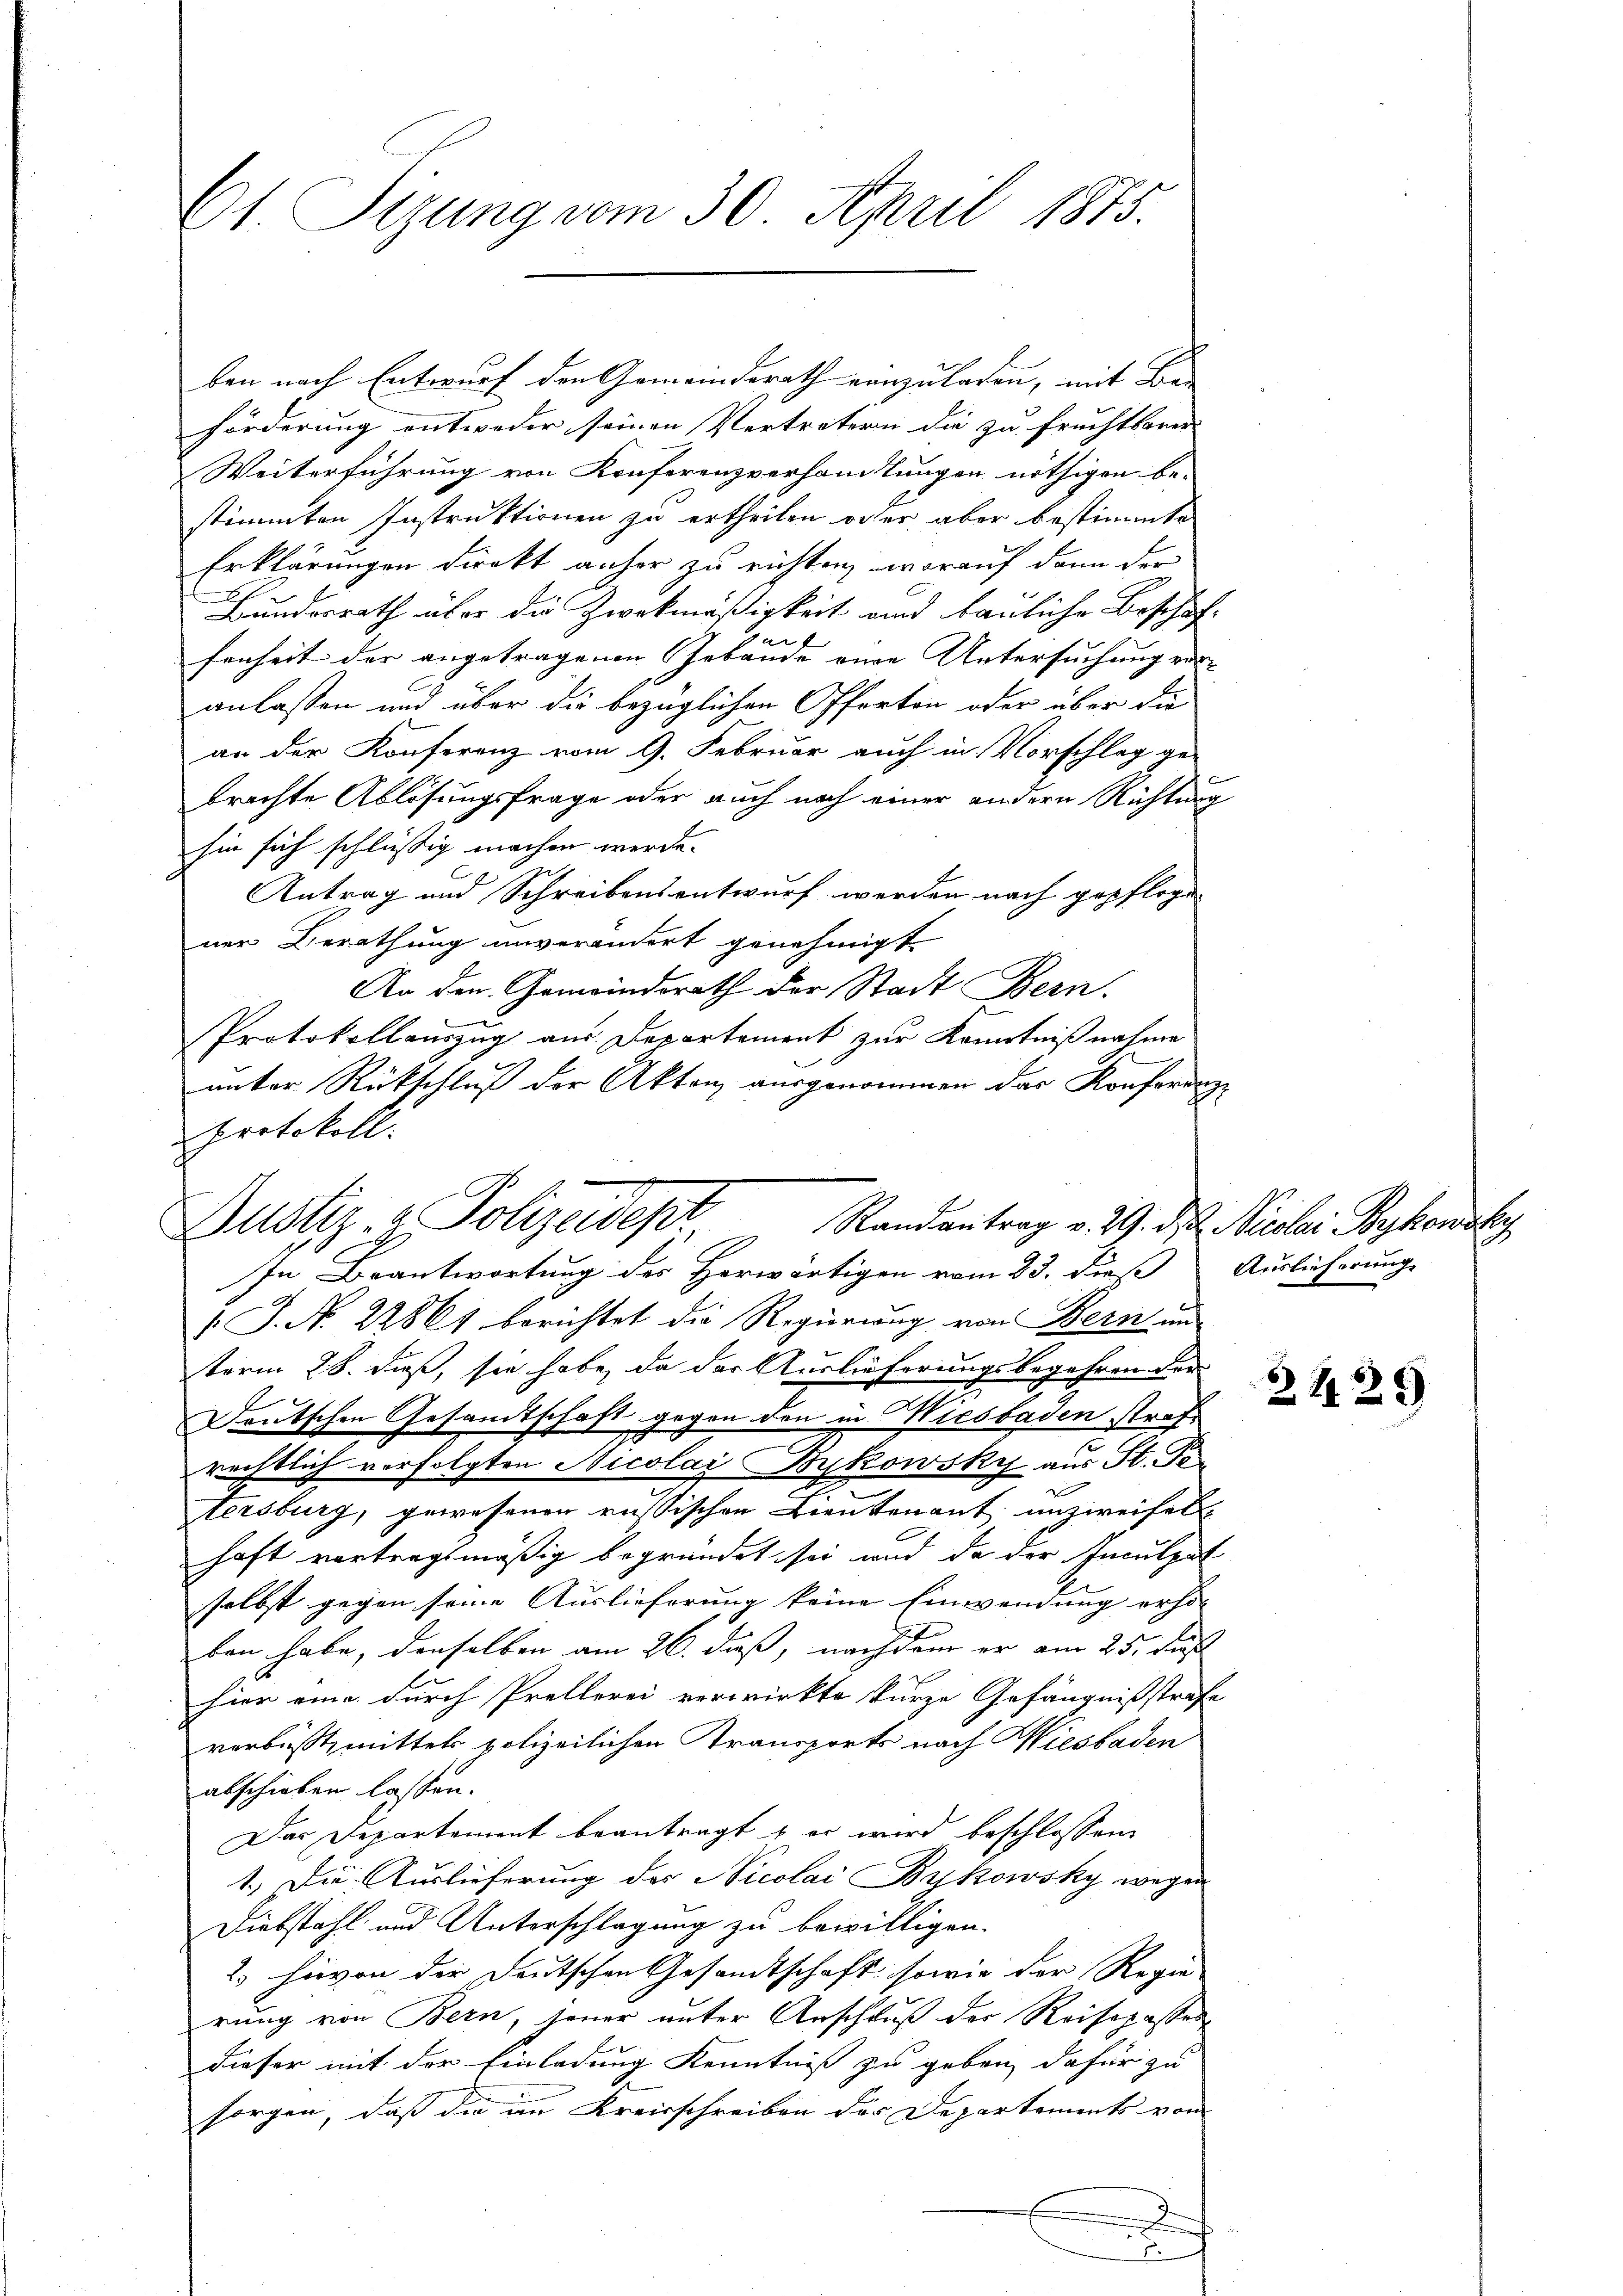
C1 Sizung vom 30. April 1875.

ben nach Entwurf den Gemeindsrath einzuladen, mit Be- |
förderung entweder seinen Vertretern die zu fruchtserer-
Weiterführung von Konferenzverhandtungen nöthigen be-
stimmten Instruktionen zu ertheilen oder aber bestimmte
Erklärungen direkt anher zu richten, worauf dann der
Bundesrath über die Zweckmäßigkeit und bauliche Beschäf-
an
fenheit der angetragenen Gebäude eine Untersuchung ersanlassen und über die bezüglichen Offerten oder über die
an der Konferenz vom 9. Februar auch in Vorschlag ge-
brachte Ablösungsfrage oder auch nach einer andern Richtung
hie sich schlüssig machen werde. |
Antrag und Schreibensentwurf werden nach gepfloge
ner Berathung unverändert genehmigt.
An den Gemeindsrath der Stadt Bern.
Protokollauszug aus Departement zur Kenntnißnahme
unter Rückschluß der Akten ausgenommen das Konferenz
 J. No. 22861 berichtet die Regierung von Bern un
term 28. daß, sie habe, da der Auslieferungsbegehren der

E
Deutschen Gesandtschaft gegen den in Wiesbaden strafrechtlich verfolgten Nicolai Bykowsky aus St. Po
tersburg, gewesenen russischen Lieutenant unzweifel.
haft vortragsmäßig begründet sei und da der Inculpat
selbst gegen seine Auslieferung keine Einwendung erho- |
ben habe, denselben am 26. diess, nachdem er am 25. Just
hier eine durch Prellerei verwirkte kurze Gefängnißstrafe
verbüßt, mittels polizeilichen Transports nach Wiesbaden
abschieben lassen.
Das Departement beantragt & er wird beschlossen
1.) Die Auslieferung des Nicolai Boykowsky wegen
Diebstahl und Unterschlagung zu bewilligen.
2. hievon der deutschen Gesandtschaft sowie der Regie
rung von Bern, jener unter Anschluß der Reisepasser
dieser mit der Einladung Kenntniß zu geben dafür zu
sorgen, daß die im Kreisschreiben der Departements von

protokoll.
Justiz & Polizeidept Randantrag v. 29. ds. Nicolai Bykowsky
In Beantwortung des Herwärtigen vom 23. dieß Auslieferung

.

2

2429